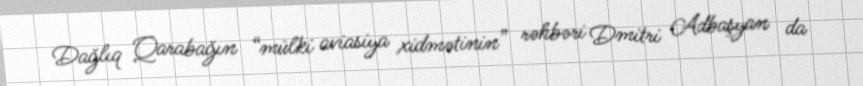
Dağlıq Qarabağın “mülki aviasiya xidmətinin” rəhbəri Dmitri Adbaşyan da